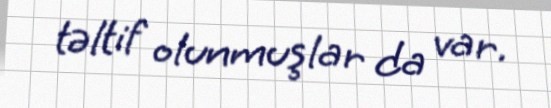
təltif olunmuşlar da var.